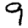
Digit: 9